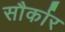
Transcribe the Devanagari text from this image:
सौर्कार